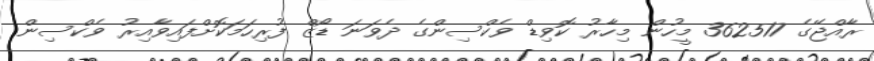
ރާއްޖޭގެ 362517 މީހުން މިހާރު ކޮވިޑް ވެކްސިންގެ ދެވަނަ ޑޯޒް ފުރިހަމަކޮށްފައިވާއިރު ވެކްސިން